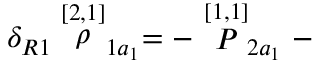
\delta _ { R 1 } \stackrel { [ 2 , 1 ] } { \rho } _ { 1 a _ { 1 } } = - \stackrel { [ 1 , 1 ] } { P } _ { 2 a _ { 1 } } -